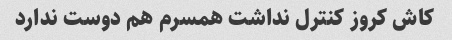
کاش کروز کنترل نداشت همسرم هم دوست ندارد